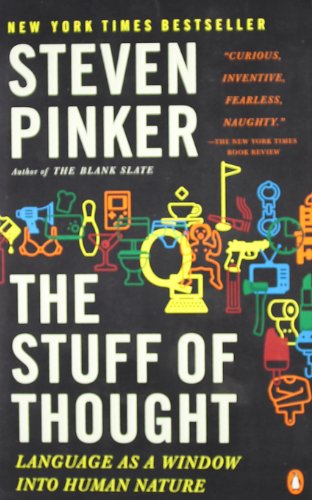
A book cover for The Stuff of Thought: Language as a Window into Human Nature; Steven Pinker; Politics & Social Sciences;